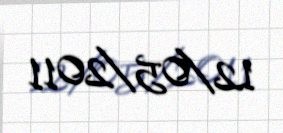
12/05/2011